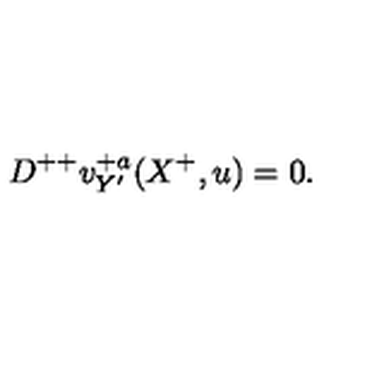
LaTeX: D ^ { + + } v _ { Y ^ { \prime } } ^ { + a } ( X ^ { + } , u ) = 0 .